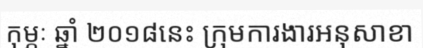
កុម្ភៈ ឆ្នាំ ២០១៨នេះ ក្រុមការងារអនុសាខា